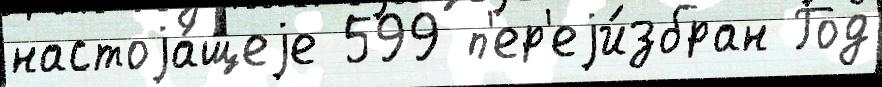
настоjа́щеjе 599 п'ер'еjи́збран Год